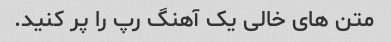
متن های خالی یک آهنگ رپ را پر کنید.